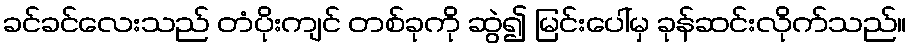
ခင်ခင်လေးသည် တံပိုးကျင် တစ်ခုကို ဆွဲ၍ မြင်းပေါ်မှ ခုန်ဆင်းလိုက်သည်။